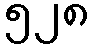
၅၂၈